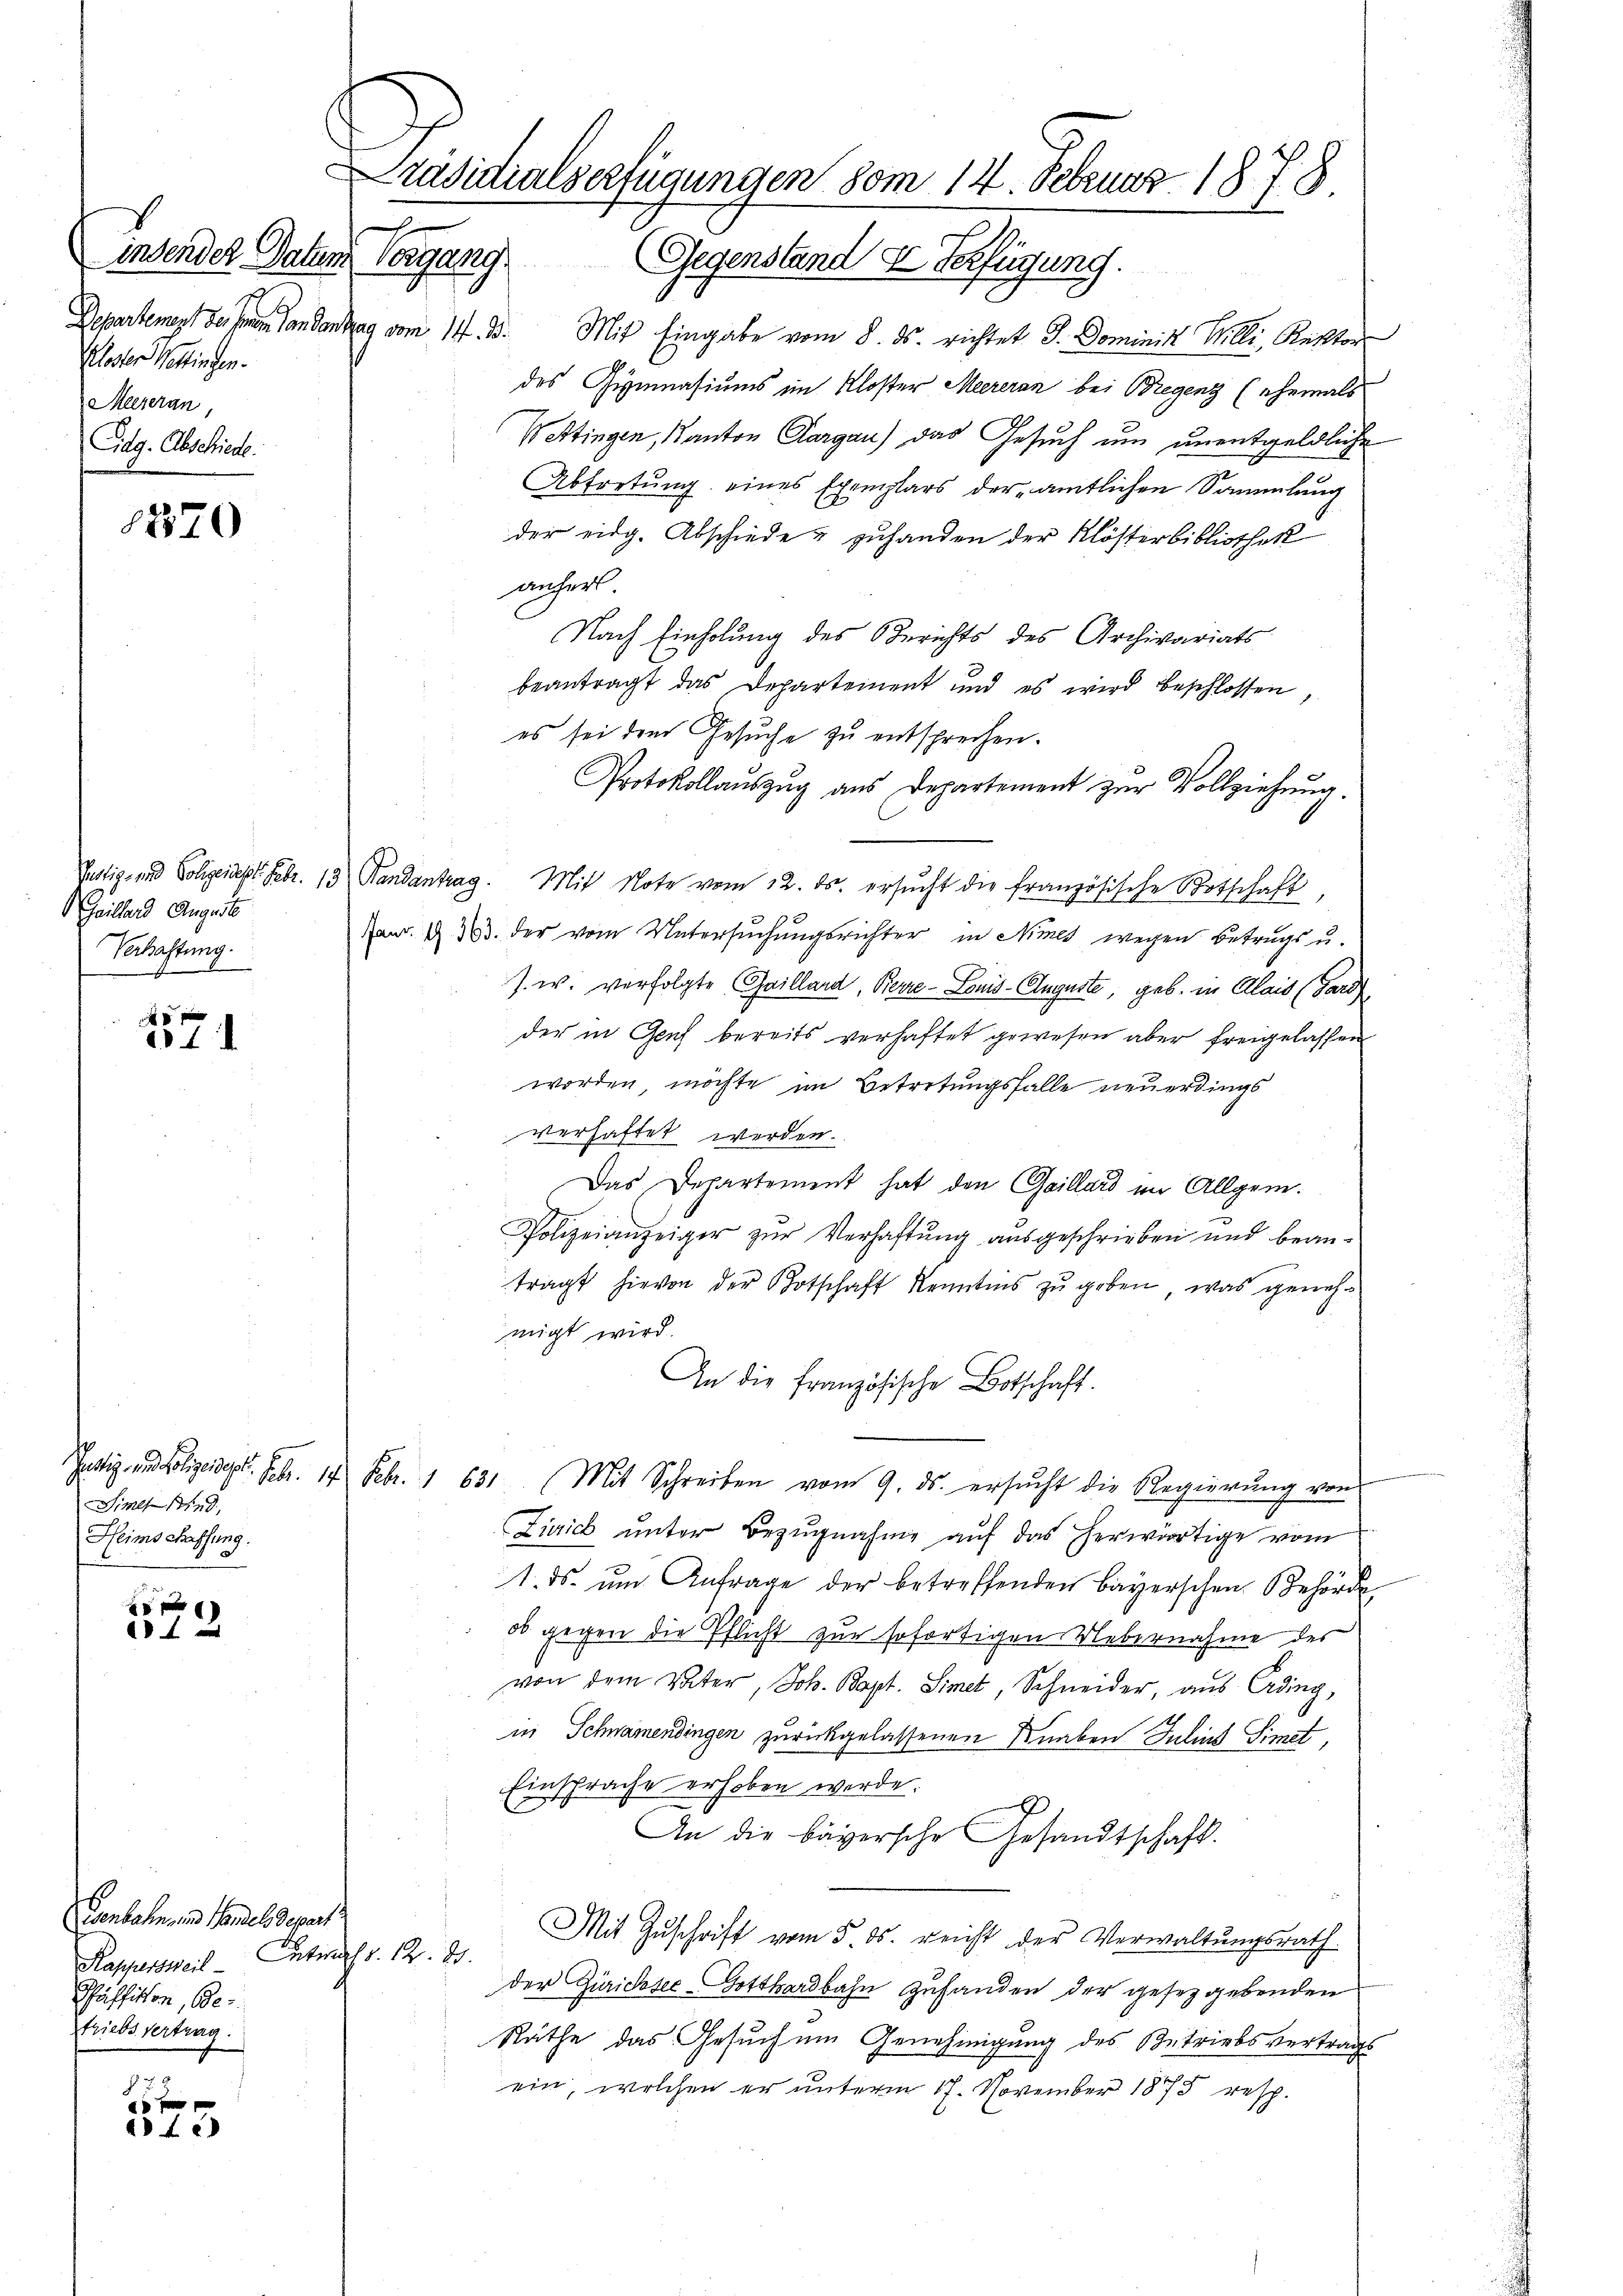
insender Datum Vorgang
Kloster Wettingen.
Meereran,
Cidg. Abschiede

1370

Heilland August
Verhaftung.

0 f 0 x
.

Simes 1819.
Heimschaffung.

0 f 0

f 7 x
0 15 x
4

Genbahn, und Handels Depart
Kappersweil Entwurf v. 12. 87.
Gäffikon, Be
Frieds Vertrag.

Präsidialverfügungen vom 14. Februar 1878.
u
Gegenstand & Verfügung.

Departement des Landantrag vom 14. d. Mit Eingabe vom 8. ds. richtet J. Dominik Willi, Rektor
des Gymnasiums im Kloster Meereran bei Bregenz (ehemals
Wettingen, Kanton Aargau) das Gesuch um unentgeldliche
Abtretung eines Exemplars der amtlichen Sammlung
der eidg. Abschiede & zuhanden der Klösterbibliothek
anher
Nach Einholung des Berichts des Archivariats
beantragt das Departement und es wird beschlossen,
es sei dem Gesuche zu entsprechen.
Protokollaŭszŭg ans Departement zŭr Vollziehŭng.
Vettig- und Polizeidest. Febr. 13 Fandantrag. Mit Note vom 12. ds. ersŭcht die französische Botschaft,
Janr. § 33. der vom Untersuchungsrichter in Nimes wegen Betrags u.
s. w. verfolgte Gailland, Berre-Louis-Auguste, geb. in Alais (Gard
der in Genf bereits verhaftet gewesen aber freigelassen
worden, möchte im Betretungsfalle neuerdings
verhaftet werden.
Das Departement hat den Gaillard im Allgem.
Polizeianzeiger zŭr Verhaftŭng aŭsgeschrieben und bean-
tragt hievon der Botschaft Kenntnis zu geben, was genehmigt wird.
An die französische Botschaft.
Justiz- und Polizeidigt. Febr. 14. Febr. 1 631. Mit Schreiben vom 9. ds. ersucht die Regierung von
Zürich unter Bezugnahme auf das herwärtige vom
1. ds. ŭm Anfrage der betreffenden Bayerschen Behörde,
ob gegen die Pflicht zur sofortigen Uebernahme des
von dem Veter, Joh. Bapt. Simet, Schneider, aus Erding,
in Schnamendingen zurückgelassenen Knaben Julius Simet,
Einsprache erhoben werde.
An die bayersche Gesandtschaft.
Mit Zuschrift vom 5. ds. reicht der Verwaltungsrath
der Zuricosee-Gotthardbahn zufanden der gesetzgebenden
Räthe das Gesuch um Genehmigung des Betriebsvertrags
ein, welchen er unterm 17. November 1875 resp.